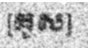
[គូស]